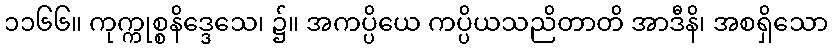
၁၁၆၆။ ကုက္ကုစ္စနိဒ္ဒေသေ၊ ၌။ အကပ္ပိယေ ကပ္ပိယသညိတာတိ အာဒီနိ၊ အစရှိသော